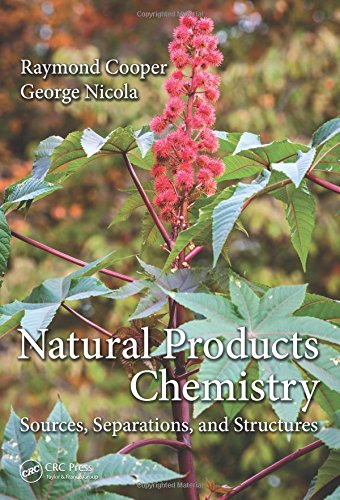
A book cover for Natural Products Chemistry: Sources, Separations and Structures; Raymond Cooper; Medical Books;